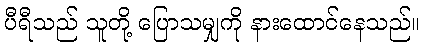
ပီရီသည် သူတို့ ပြောသမျှကို နားထောင်နေသည်။